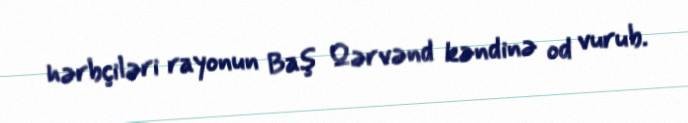
hərbçiləri rayonun Baş Qərvənd kəndinə od vurub.